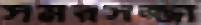
সমরসজ্জা